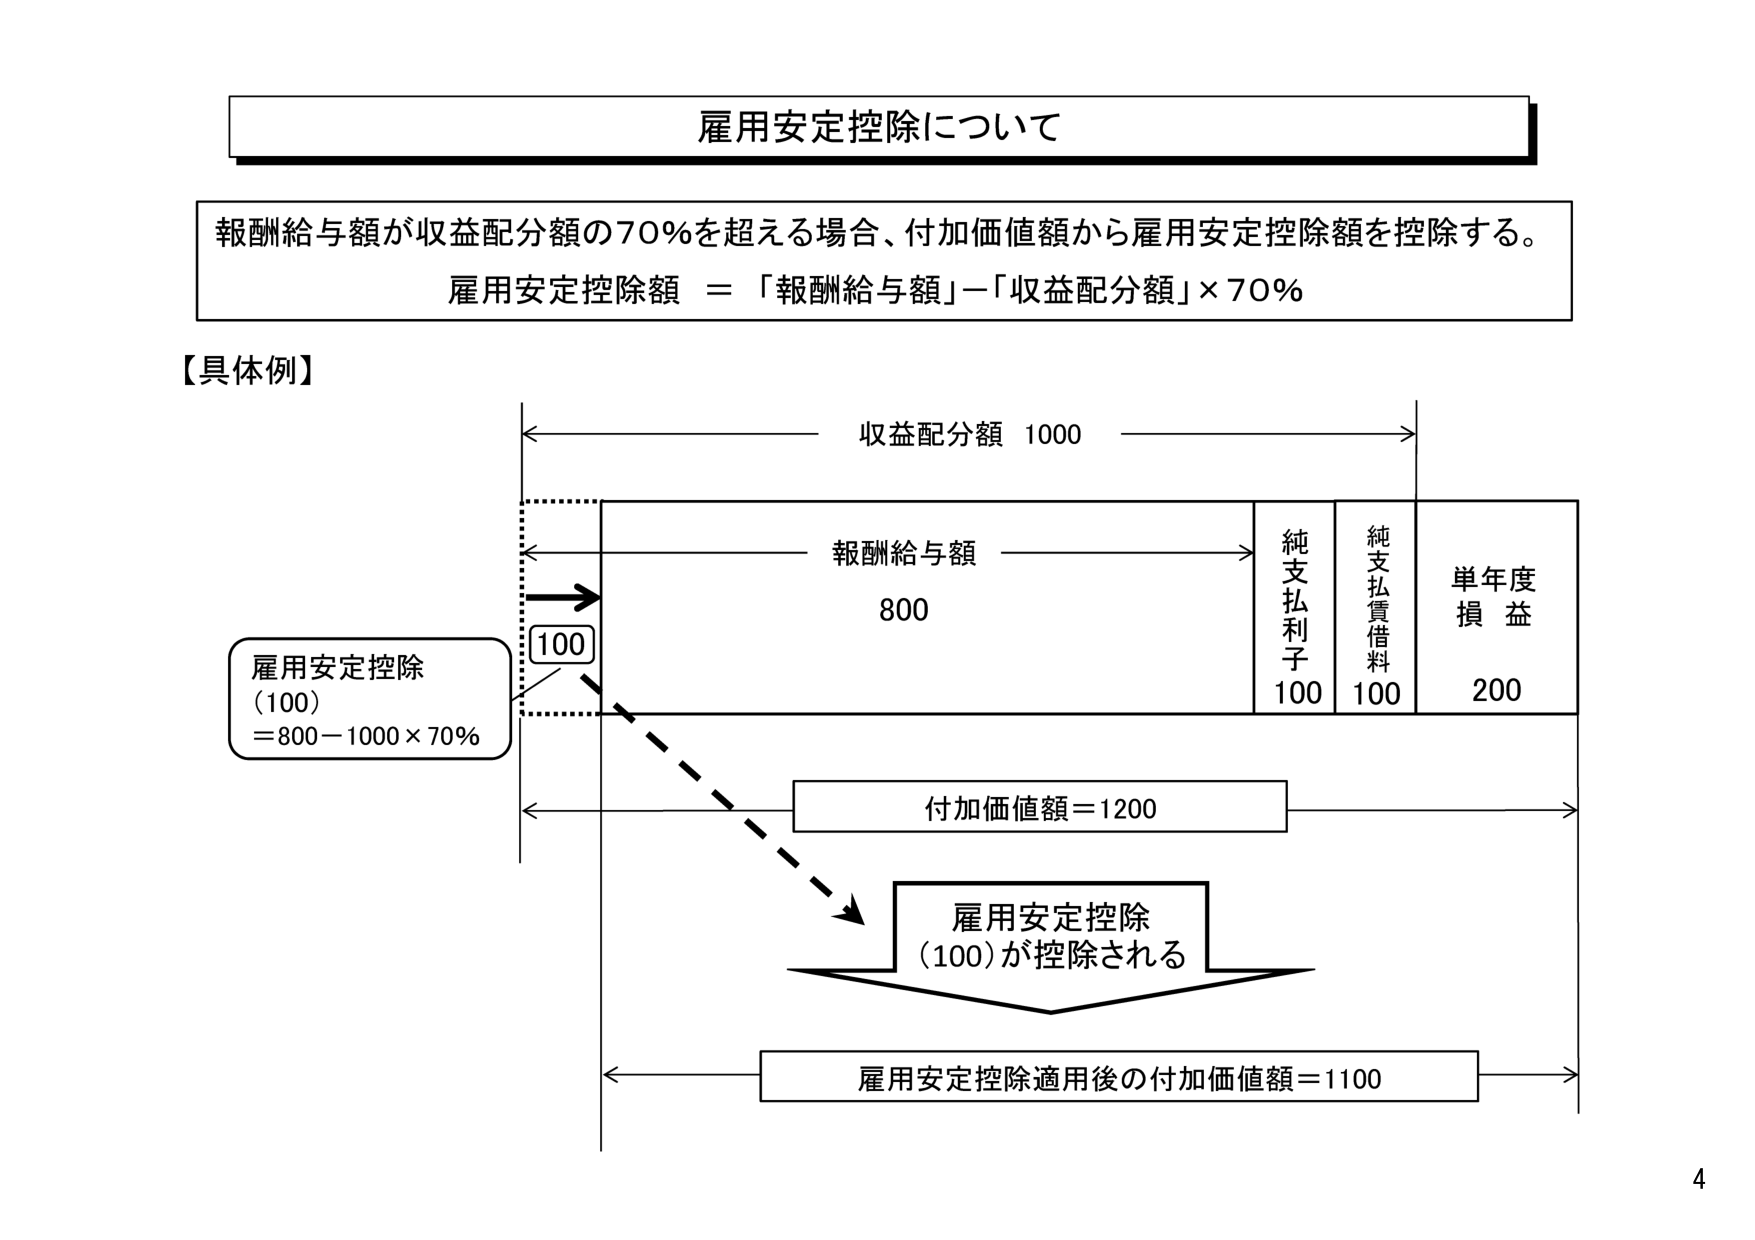
雇用安定控除について

報酬給与額が収益配分額の70％を超える場合、付加価値額から雇用安定控除額を控除する。
雇用安定控除額 ＝ 「報酬給与額」－「収益配分額」×70％

【具体例】

収益配分額 1000

報酬給与額
800

純支払利子
100

純支払賃借料
100

単年度損益
200

雇用安定控除
(100)
＝800－1000×70％

付加価値額＝1200

雇用安定控除
(100)が控除される

雇用安定控除適用後の付加価値額＝1100

4